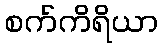
စက်ကိရိယာ